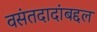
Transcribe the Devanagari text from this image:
वसंतदादांबद्दल